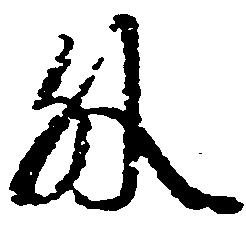
外